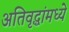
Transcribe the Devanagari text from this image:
अतिवृद्धांमध्ये